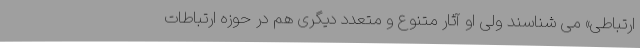
ارتباطی» می شناسند ولی او آثار متنوع و متعدد دیگری هم در حوزه ارتباطات